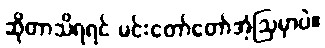
ဆိုတာသိရရင် မင်းတော်တော်အံ့ဩမှာပဲ။